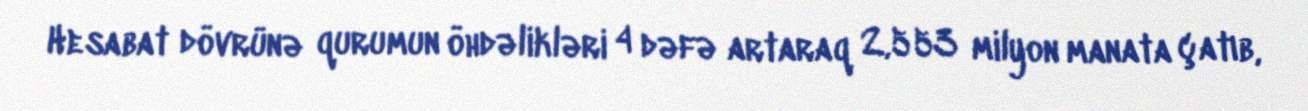
Hesabat dövrünə qurumun öhdəlikləri 4 dəfə artaraq 2,553 milyon manata çatıb,